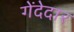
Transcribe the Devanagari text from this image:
गेंदेदार